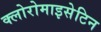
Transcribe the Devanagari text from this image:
क्लोरोमाइसेटिन